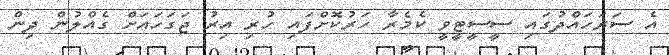
އެ ސަރަހައްދުގައި ސީސީޓީވީ ކެމެރާ ހަރުކޮށްފައި ހުރި އިރު ޖަގަހައަށް ގެއްލުން ދިން